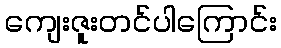
ကျေးဇူးတင်ပါကြောင်း